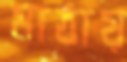
মাঠায়